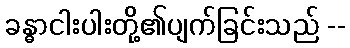
ခန္ဓာငါးပါးတို့၏ပျက်ခြင်းသည် --